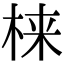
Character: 梾